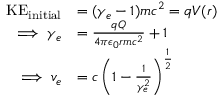
\begin{array} { r l } { \mathrm { K E } _ { \mathrm { i n i t i a l } } } & { = ( \gamma _ { e } - 1 ) m c ^ { 2 } = q V ( r ) } \\ { \implies \gamma _ { e } } & { = \frac { q Q } { 4 \pi \epsilon _ { 0 } r m c ^ { 2 } } + 1 } \\ { \implies v _ { e } } & { = c \left( 1 - \frac { 1 } { \gamma _ { e } ^ { 2 } } \right) ^ { \frac { 1 } { 2 } } } \end{array}